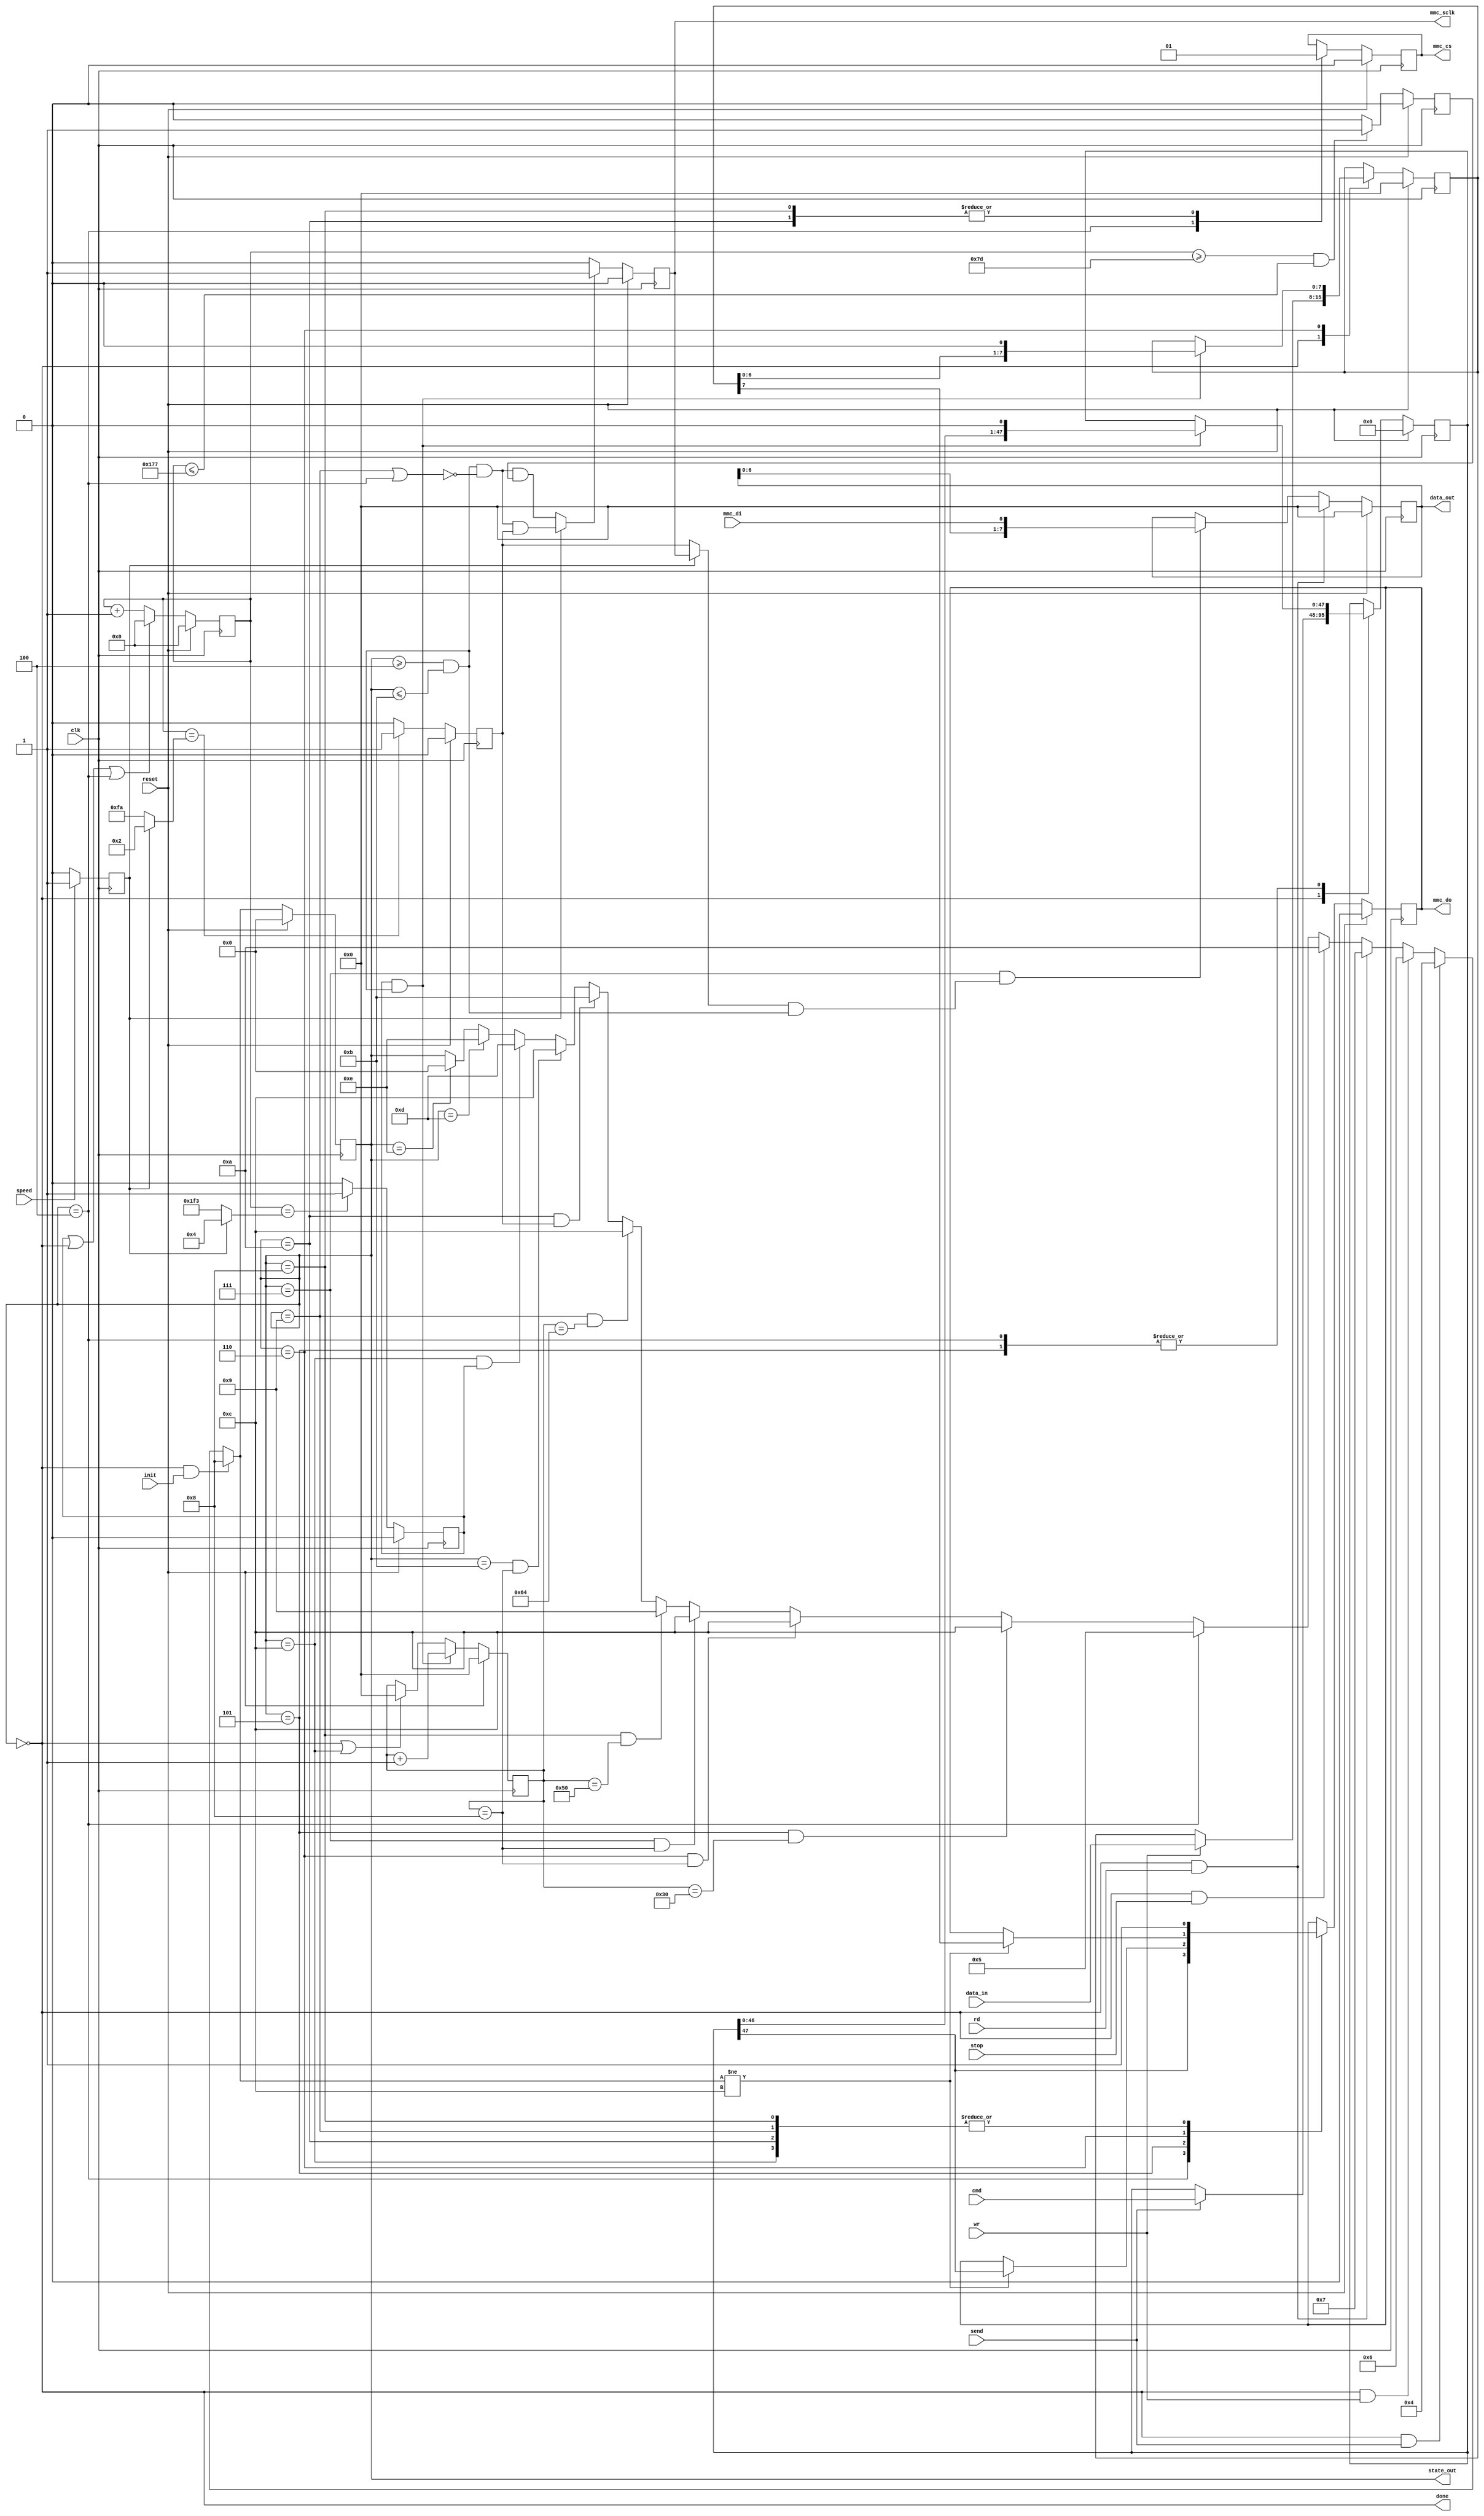
// mmc.v --- ---!!!

/* verilator lint_off WIDTH */

`timescale 1ns/1ps
`default_nettype none

module mmc(/*AUTOARG*/
   // Outputs
   state_out, data_out, done, mmc_cs, mmc_do, mmc_sclk,
   // Inputs
   cmd, data_in, clk, init, mmc_di, rd, reset, send, speed, stop, wr
   );

   parameter [31:0] FREQ = 50000000;
   parameter [31:0] RATE_HI = 10000000;
   parameter [31:0] RATE_LO = 100000;

   input [47:0] cmd;
   input [7:0] data_in;
   input clk;
   input init;
   input mmc_di;
   input rd;
   input reset;
   input send;
   input speed;
   input stop;
   input wr;
   output [3:0] state_out;
   output [7:0] data_out;
   output done;
   output mmc_cs;
   output mmc_do;
   output mmc_sclk;

   ////////////////////////////////////////////////////////////////////////////////

   parameter BITWIDTH_HI = FREQ / RATE_HI;
   parameter BITWIDTH_HI_MAXCNT = BITWIDTH_HI-1;
   parameter BITWIDTH_HI_MIDCNT = BITWIDTH_HI/2;
   parameter BITWIDTH_LO = FREQ / RATE_LO;
   parameter BITWIDTH_LO_1QTR = BITWIDTH_LO/4;
   parameter BITWIDTH_LO_3QTR = BITWIDTH_LO - BITWIDTH_LO/4;
   parameter BITWIDTH_LO_MAXCNT = BITWIDTH_LO-1;
   parameter BITWIDTH_LO_MIDCNT = BITWIDTH_LO/2;
   parameter [3:0]
     s0 = 4'd0,
     s_cmd0 = 4'd4,
     s_cmd1 = 4'd5,
     s_wr0 = 4'd6,
     s_rd0 = 4'd7,
     s_init0 = 4'd8,
     s_init1 = 4'd9,
     s_stp0 = 4'd10,
     s_stp1 = 4'd11,
     s_done0 = 4'd12,
     s_done1 = 4'd13,
     s_done2 = 4'd14;

   reg [15:0] bit_time;
   reg [1:0] sclk_state;
   reg [3:0] state;
   reg [47:0] s_cmd;
   reg [7:0] bitcount;
   reg [7:0] data_out;
   reg [7:0] s_data;
   reg bit_middle, bit_end, bit_1_3_quarter;
   reg mmc_clk_hi;
   reg mmc_cs;
   reg mmc_do;
   reg mmc_sclk;
   reg s_rd, s_wr, s_send;

   wire [1:0] sclk_state_next;
   wire [31:0] bit1quarter;
   wire [31:0] bit3quarter;
   wire [31:0] bitmiddle;
   wire [31:0] bitwidth;
   wire [3:0] next_state;
   wire bit100;
   wire bit120;
   wire bit48;
   wire bit80;
   wire bit8;
   wire bit_sample;
   wire bit_shift;
   wire counting_bits;
   wire mc_done;
   wire mmc_clk;
   wire mmc_reset;
   wire neg_edge, pos_edge;
   wire sclk_assert;
   wire sclk_assert_lo, sclk_assert_hi;
   wire sclk_toggle;

   ////////////////////////////////////////////////////////////////////////////////

   assign mmc_reset = reset;

   always @(posedge clk)
     if (reset) begin
	/*AUTORESET*/
	// Beginning of autoreset for uninitialized flops
	bit_time <= 16'h0;
	// End of automatics
     end else if (bit_end || state == s0 || state == s_cmd0)
       bit_time <= 0;
     else
       bit_time <= bit_time + 16'd1;

   assign bitmiddle = mmc_clk_hi ? (BITWIDTH_HI_MIDCNT) : (BITWIDTH_LO_MIDCNT);
   assign bitwidth = mmc_clk_hi ? (BITWIDTH_HI_MAXCNT) : (BITWIDTH_LO_MAXCNT);
   assign bit1quarter = BITWIDTH_LO_1QTR;
   assign bit3quarter = BITWIDTH_LO_3QTR;

   always @(posedge clk)
     if (speed)
       mmc_clk_hi <= 1;
     else
       mmc_clk_hi <= 0;

   always @(posedge clk)
     if (reset) begin
	/*AUTORESET*/
	// Beginning of autoreset for uninitialized flops
	bit_1_3_quarter <= 1'h0;
	bit_end <= 1'h0;
	bit_middle <= 1'h0;
	// End of automatics
     end else begin
	bit_middle <= (bit_time == bitmiddle) ? 1'b1 : 1'b0;
	bit_end <= (bit_time == bitwidth) ? 1'b1 : 1'b0;
	bit_1_3_quarter <= (bit_time >= bit1quarter && bit_time <= bit3quarter) ? 1'b1 : 1'b0;
     end

   assign neg_edge = (bit_middle | bit_end) & mmc_sclk;
   assign pos_edge = (bit_middle | bit_end) & ~mmc_sclk;
   assign bit_shift = bit_end && counting_bits;

   always @(posedge clk)
     if (mmc_reset)
       state <= s0;
     else begin
	state <= next_state;
     end

   assign next_state =
		      (state == s0 && init) ? s_init0 :
		      (state == s0 && send) ? s_cmd0 :
		      (state == s0 && wr) ? s_wr0 :
		      (state == s0 && rd) ? s_rd0 :
		      (state == s0 && stop) ? s_stp0 :
		      (state == s_cmd0) ? s_cmd1 :
		      (state == s_cmd1 && bit48) ? s_done0 :
		      (state == s_wr0 && bit8) ? s_done0 :
		      (state == s_rd0 && bit8) ? s_done0 :
		      (state == s_init0 && bit80) ? s_init1 :
		      (state == s_init1 && bit100) ? s_done0 :
		      (state == s_stp0 && bit_middle) ? s_stp1 :
		      (state == s_stp1 && bit8) ? s_done0 :
		      (state == s_done0 && bit_end) ? s_done1 :
		      (state == s_done1) ? s_done2 :
		      (state == s_done2) ? s0 :
		      state;

   assign state_out = state;
   assign mc_done = state == s0;
   assign done = mc_done;
   assign bit8 = bitcount == 8;
   assign bit48 = bitcount == 48;
   assign bit80 = bitcount == 80;
   assign bit100 = bitcount == 100;
   assign counting_bits = (state >= s_cmd0 && state <= s_stp1);

   always @(posedge clk)
     if (mmc_reset)
       bitcount <= 0;
     else if (bit_end && counting_bits)
       bitcount <= bitcount + 8'b00000001;
     else if (state == s0 || state == s_done0)
       bitcount <= 0;

   always @(posedge clk)
     if (mmc_reset)
       sclk_state <= 0;
     else
       sclk_state <= sclk_state_next;

   assign sclk_toggle = counting_bits && ~(state == s_init1 || state == s_cmd0);
   assign sclk_assert_lo = sclk_toggle && bit_1_3_quarter;
   assign sclk_assert_hi = sclk_toggle && bit_middle;
   assign sclk_assert = mmc_clk_hi ? sclk_assert_hi : sclk_assert_lo;
   assign sclk_state_next =
			   (sclk_state == 0 && sclk_toggle) ? 1 :
			   (sclk_state == 1 && ~sclk_toggle) ? 0 :
			   (sclk_state == 1 && bit_middle) ? 2 :
			   (sclk_state == 2 && ~sclk_toggle) ? 0 :
			   (sclk_state == 2 && bit_end) ? 1 :
			   sclk_state;

   assign bit_sample = (mmc_clk_hi ? mmc_sclk : bit_middle) && counting_bits;

   always @(posedge clk)
     if (mmc_reset)
       mmc_sclk <= 1'b0;
     else if (sclk_assert)
       mmc_sclk <= 1;
     else
       mmc_sclk <= 0;

   always @(posedge clk)
     if (reset) begin
	/*AUTORESET*/
	// Beginning of autoreset for uninitialized flops
	data_out <= 8'h0;
	// End of automatics
     end else begin
	if (state == s0 && rd)
	  data_out <= 0;
	else if (state == s_rd0 && bit_sample)
	  data_out <= { data_out[6:0], mmc_di };
     end

   always @(posedge clk)
     if (reset) begin
	/*AUTORESET*/
	// Beginning of autoreset for uninitialized flops
	mmc_cs <= 1'h0;
	mmc_do <= 1'h0;
	s_cmd <= 48'h0;
	s_data <= 8'h0;
	s_rd <= 1'h0;
	s_send <= 1'h0;
	s_wr <= 1'h0;
	// End of automatics
     end else begin
	case (state)
	  s0: begin
	     if (send) begin
		s_send <= 1;
		s_cmd <= cmd;
	     end
	     if (wr) begin
		s_wr <= 1;
		s_data <= data_in;
	     end
	     if (rd)
	       s_rd <= 1;
	  end
	  s_cmd0: begin
	     mmc_cs <= 1'b0;
	     mmc_do <= s_cmd[47];
	     if (bit_shift)
	       s_cmd <= { s_cmd[46:0], 1'b0 };
	  end
	  s_cmd1: begin
	     if (next_state != s_done0)
	       mmc_do <= s_cmd[47];
	     if (bit_shift)
	       s_cmd <= { s_cmd[46:0], 1'b0 };
	  end
	  s_wr0: begin
	     if (next_state != s_done0)
	       mmc_do <= s_data[7];
	     if (bit_shift)
	       s_data <= { s_data[6:0], 1'b0 };
	  end
	  s_init0: begin
	     mmc_do <= 1'b1;
	     mmc_cs <= 1'b1;
	  end
	  s_init1:
	    mmc_do <= 1'b1;
	  s_stp0: begin
	     mmc_cs <= 1'b1;
	     mmc_do <= 1'b1;
	  end
	  s_done0: begin
	     mmc_do <= 1'b1;
	     s_rd <= 0;
	     s_wr <= 0;
	     s_send <= 0;
	  end
	  default:
	    ;
	endcase
     end

endmodule

`default_nettype wire

// Local Variables:
// verilog-library-directories: (".")
// End: